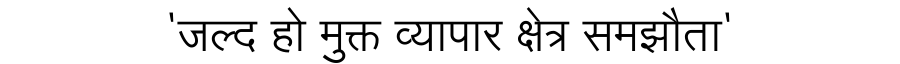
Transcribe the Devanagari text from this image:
'जल्द हो मुक्त व्यापार क्षेत्र समझौता'